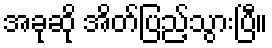
အခုဆို အိတ်ပြည့်သွားပြီ။